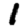
Digit: 1